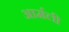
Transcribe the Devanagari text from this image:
आर्मली